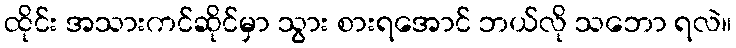
ထိုင်း အသားကင်ဆိုင်မှာ သွား စားရအောင် ဘယ်လို သဘော ရလဲ။